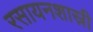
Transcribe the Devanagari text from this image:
रसायनशास्री